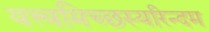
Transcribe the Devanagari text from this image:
यत्त्वमिच्छस्यरिन्दम